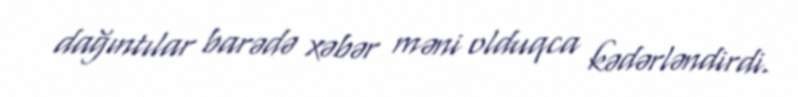
dağıntılar barədə xəbər məni olduqca kədərləndirdi.